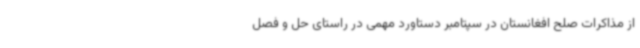
از مذاکرات صلح افغانستان در سپتامبر دستاورد مهمی در راستای حل و فصل